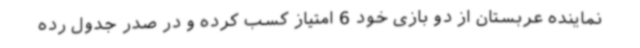
نماینده عربستان از دو بازی خود 6 امتیاز کسب کرده و در صدر جدول رده